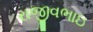
રાજીવભાઇ